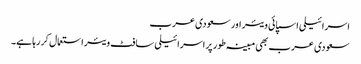
اسرائیلی اسپائی ویئر اور سعودی عرب
سعودی عرب بھی مبینہ طور پر اسرائیلی سافٹ ویئر استعمال کر رہا ہے۔